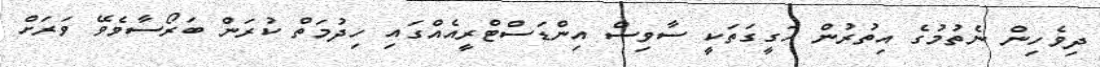
ދިވެހިން ނެތުމުގެ އިތުރުން ހަގީގަތަކީ ސާވިސް އިންޑަސްޓްރީއެއްގައި ހިދުމަތް ކުރަން ބަރޯސާވެވޭ ވަރަށް